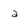
Character: a